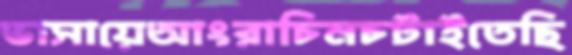
ভাসায়েআংরাচিনচটাইতেছি